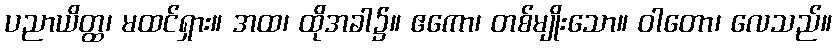
ပညာယိတ္ထ၊ မထင်ရှား။ အထ၊ ထိုအခါ၌။ ဧကော၊ တစ်မျိုးသော။ ဝါတော၊ လေသည်။